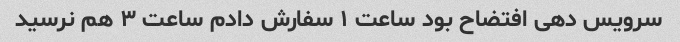
سرویس دهی افتضاح بود ساعت ۱ سفارش دادم ساعت ۳ هم نرسید